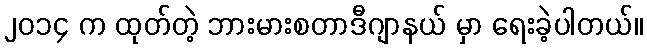
၂၀၁၄ က ထုတ်တဲ့ ဘားမားစတာဒီဂျာနယ် မှာ ရေးခဲ့ပါတယ်။